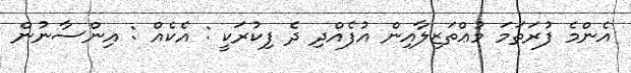
އެންމެ ފުރަތަމަ މުޢްތަޒިލާއިން އުފެއްދި ދެ ފިކުރަކީ : އެކެއް : އިންސާނުން